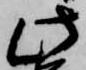
此